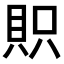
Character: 𧵙